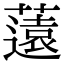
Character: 薳